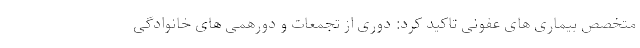
متخصص بیماری های عفونی تاکید کرد: دوری از تجمعات و دورهمی های خانوادگی